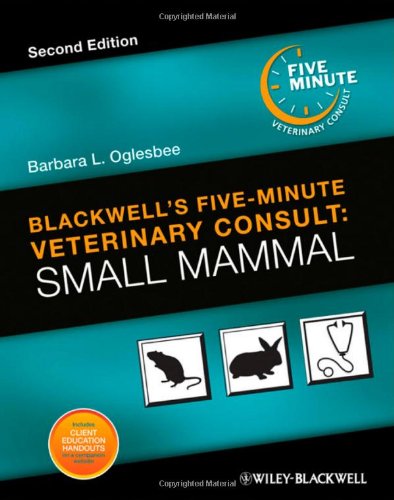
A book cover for Blackwell's Five-Minute Veterinary Consult: Small Mammal; Crafts, Hobbies & Home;